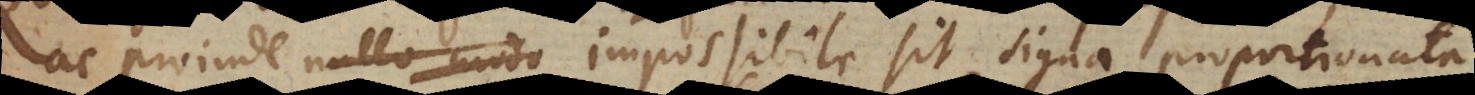
ac proinde nullo modo impossibile sit signa proportionata